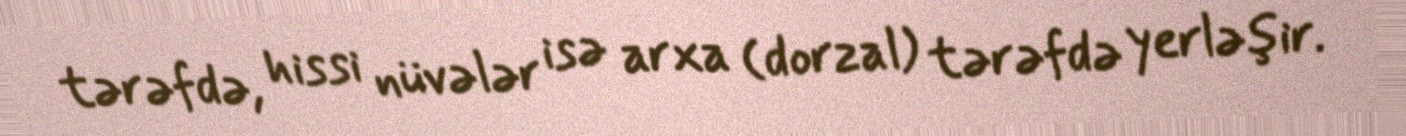
tərəfdə, hissi nüvələr isə arxa (dorzal) tərəfdə yerləşir.